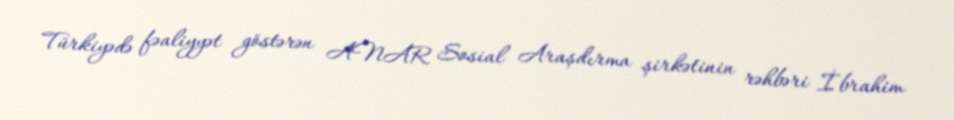
Türkiyədə fəaliyyət göstərən ANAR Sosial Araşdırma şirkətinin rəhbəri İbrahim